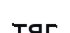
тяг